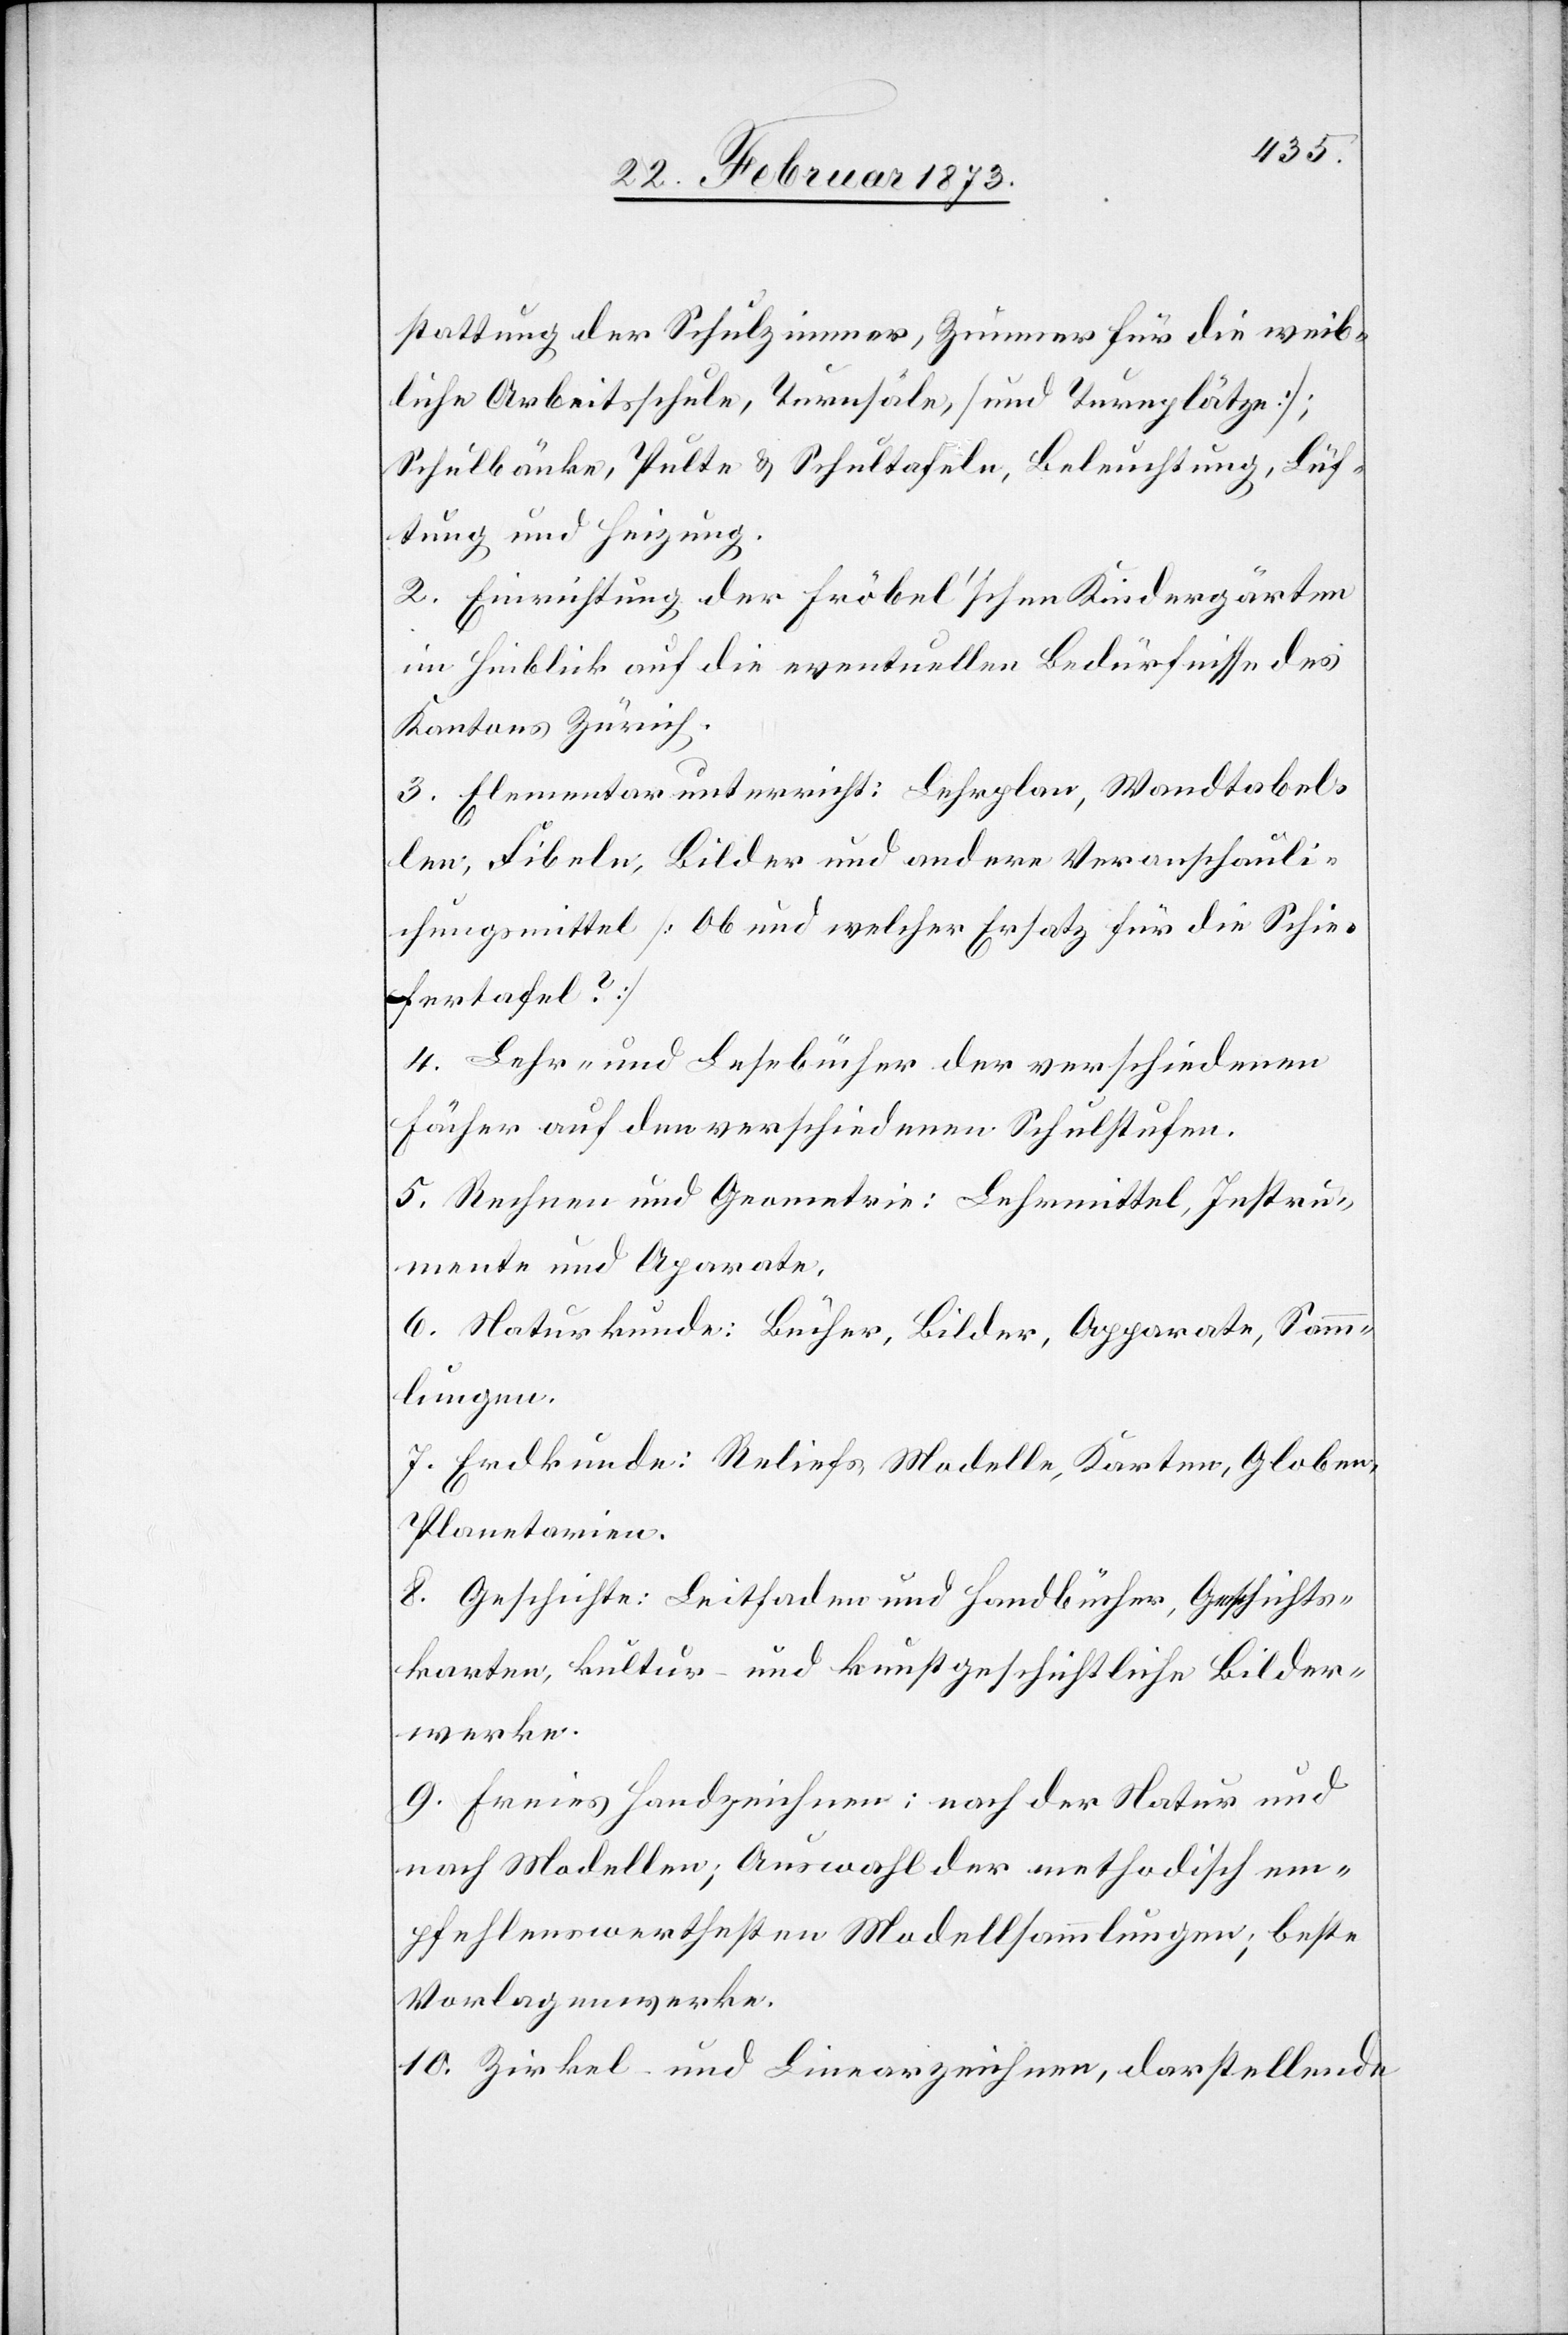
stattung der Schulzimmer, Zimmer für die weib¬
liche Arbeitsschule, Turnsäle, [und Turnplätze];
Schulbänke, Pulte u. Schultafeln, Beleuchtung, Lüf¬
tung und Heizung.
2. Einrichtung der fröbel’schen Kindergärten
im Hinblick auf die eventuellen Bedürfnisse des
Kantons Zürich.
3. Elementarunterricht: Lehrplan, Wandtabel¬
len, Fibeln, Bilder und andere Veranschauli¬
chungsmittel [Ob und welcher Ersatz für die Schie¬
fertafel?]
4. Lehr- und Lesebücher der verschiedenen
Fächer auf den verschiedenen Schulstufen.
5. Rechnen und Geometrie: Lehrmittel, Instru¬
mente und Aparate.
6. Staturkunde: Bücher, Bilder, Apparate Samm¬
lungen.
7. Erdkunde: Reliefs, Modelle, Karten, Globen,
Planetarien.
8. Geschichte: Leitfaden und Handbücher, Geschichts¬
karten, kultur- und kunstgeschichtliche Bilder¬
werke.
9. Freies Handzeichnen: nach der Statur und
nach Modellen; Auswahl der methodisch em¬
pfehlenswerthesten Modellsammlungen; beste
Vorlagenwerke.
10. Zirkel- und Linearzeichnen, darstellende